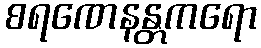
စရဏေနန္တကရော